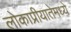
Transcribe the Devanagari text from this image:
लोकाप्रीयातेमध्ये